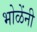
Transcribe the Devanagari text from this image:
भोळेंनी